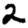
Digit: 2